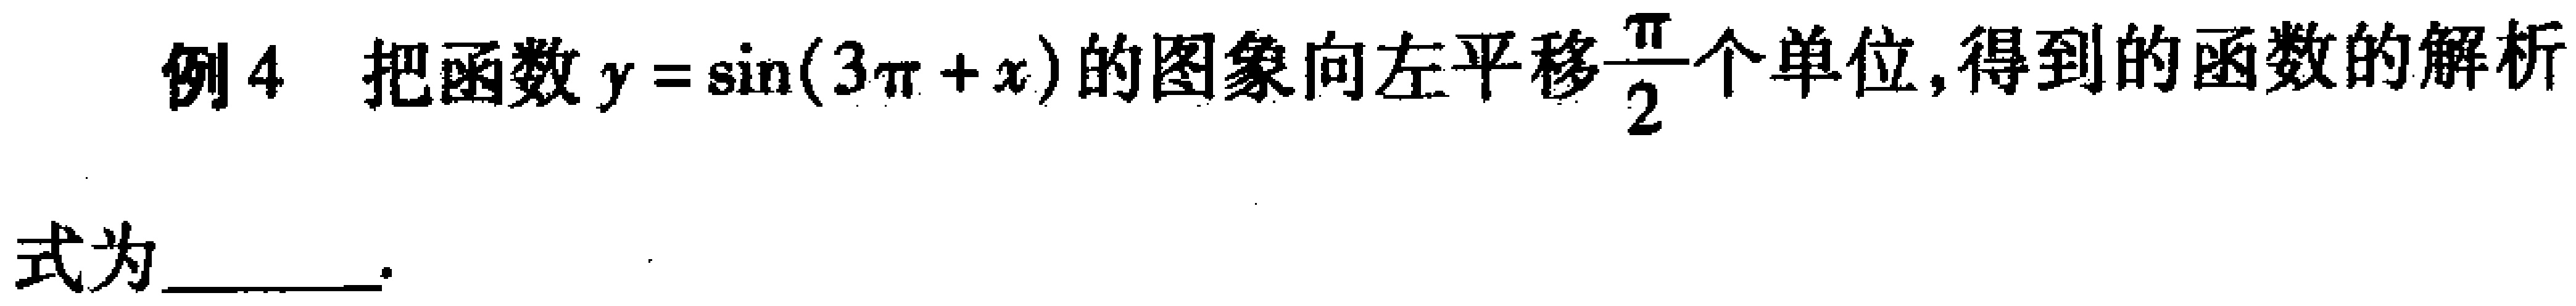
例4 把函数\(y = \sin(3\pi + x)\)的图象向左平移\(\frac{\pi}{2}\)个单位,得到的函数的解析式为  。